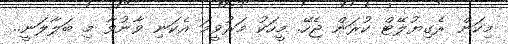
މިކަން ރެގިޔުލޭޓް ކުރަން ޖެހޭ. މީހަކު މަރުވީމަ އެކަނި ވާނުވާ މި ބަލާލަނީ..